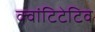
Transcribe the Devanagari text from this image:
क्वांटिटेटिव